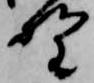
野